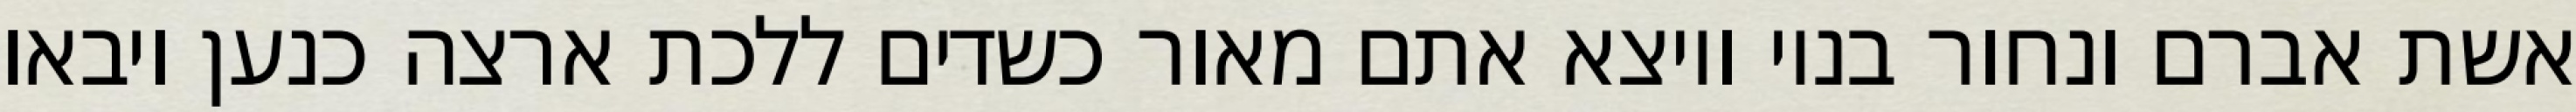
אשת אברם ונחור בניו ויוצא אתם מאור כשדים ללכת ארצה כנען ויבאו